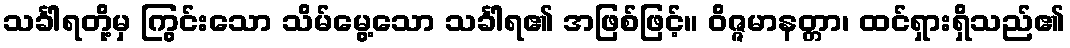
သင်္ခါရတို့မှ ကြွင်းသော သိမ်မွေ့သော သင်္ခါရ၏ အဖြစ်ဖြင့်။ ဝိဇ္ဇမာနတ္တာ၊ ထင်ရှားရှိသည်၏